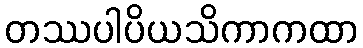
တဿပါပိယသိကာကထာ